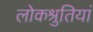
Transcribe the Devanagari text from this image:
लोकश्रुतियां